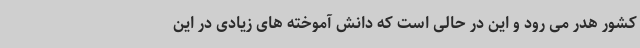
کشور هدر می رود و این در حالی است که دانش آموخته های زیادی در این